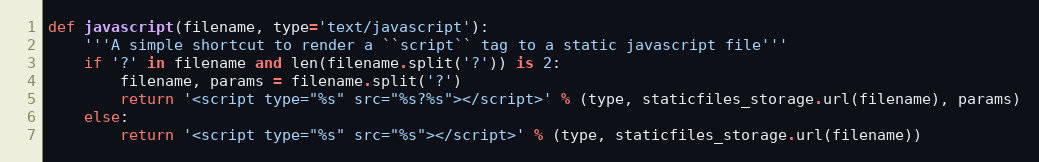
Language: Python
def javascript(filename, type='text/javascript'):
    '''A simple shortcut to render a ``script`` tag to a static javascript file'''
    if '?' in filename and len(filename.split('?')) is 2:
        filename, params = filename.split('?')
        return '<script type="%s" src="%s?%s"></script>' % (type, staticfiles_storage.url(filename), params)
    else:
        return '<script type="%s" src="%s"></script>' % (type, staticfiles_storage.url(filename))